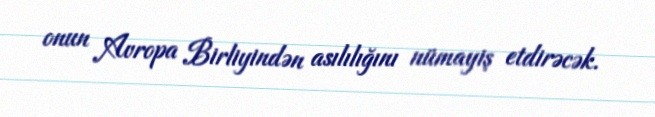
onun Avropa Birliyindən asılılığını nümayiş etdirəcək.